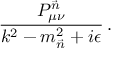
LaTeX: \frac { P _ { \mu \nu } ^ { \vec { n } } } { k ^ { 2 } - m _ { \vec { n } } ^ { 2 } + i \epsilon } \, .